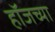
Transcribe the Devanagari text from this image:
हॉजच्या